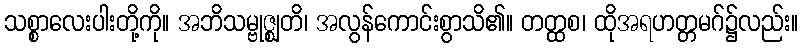
သစ္စာလေးပါးတို့ကို။ အဘိသမ္ဗုဇ္ဈတိ၊ အလွန်ကောင်းစွာသိ၏။ တတ္ထစ၊ ထိုအရဟတ္တမဂ်၌လည်း။